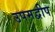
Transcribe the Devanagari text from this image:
उपमद्वीप